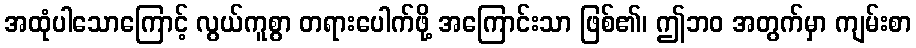
အထုံပါသောကြောင့် လွယ်ကူစွာ တရားပေါက်ဖို့ အကြောင်းသာ ဖြစ်၏၊ ဤဘဝ အတွက်မှာ ကျမ်းစာ